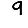
Digit: 9